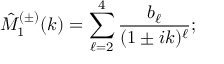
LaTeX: \hat { M } _ { 1 } ^ { ( \pm ) } ( k ) = \sum _ { \ell = 2 } ^ { 4 } \frac { b _ { \ell } } { ( 1 \pm i k ) ^ { \ell } } ;